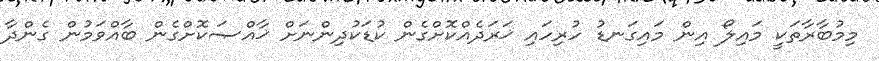
މިމުބާރާތަކީ މައިލޯ އިން މައިގަނޑު ހުރިހައި ޚަރަދެއްކޮށްގެން ކުޑަކުދިންނަށް ޚާއްޞަކޮށްގެން ބާއްވަމުން ގެންދާ